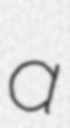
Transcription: a